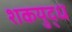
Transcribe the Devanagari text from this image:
शकयुद्ध